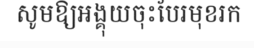
សូមឱ្យអង្គុយចុះបែរមុខរក